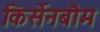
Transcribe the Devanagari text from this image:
किर्सेनबौम